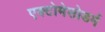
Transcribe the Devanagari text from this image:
एक्टोमेसोडर्म